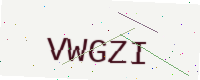
Text: VWGZI